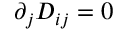
\partial _ { j } D _ { i j } = 0